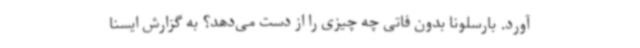
آورد. بارسلونا بدون فاتی چه چیزی را از دست می‌دهد؟ به گزارش ایسنا